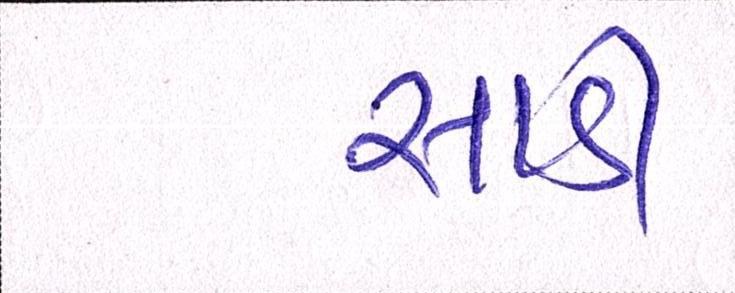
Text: સાડી